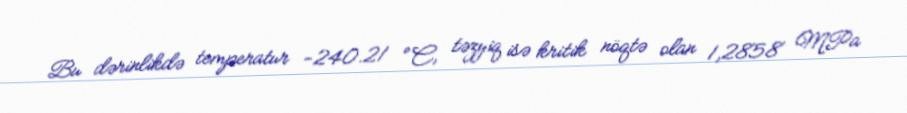
Bu dərinlikdə temperatur −240.21 °C, təzyiq isə kritik nöqtə olan 1,2858 MPa